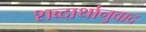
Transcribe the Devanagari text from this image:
शब्दार्थानुवाद